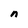
Character: n